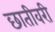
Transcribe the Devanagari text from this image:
छातीवरी